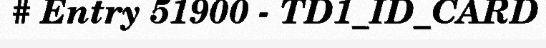
# Entry 51900 - TD1_ID_CARD